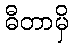
ဓီတာမှိ